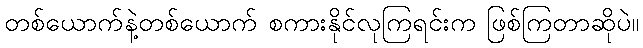
တစ်ယောက်နဲ့တစ်ယောက် စကားနိုင်လုကြရင်းက ဖြစ်ကြတာဆိုပဲ။